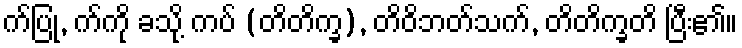
က်ပြု, က်ကို ခသို့ ကပ် (တိတိက္ခ), တိဝိဘတ်သက်, တိတိက္ခတိ ပြီး၏။